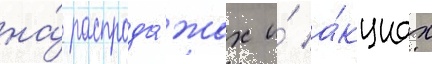
на́ распрода́жах и́ а́кциах